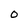
Character: O